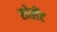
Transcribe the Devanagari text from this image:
सोलेंट